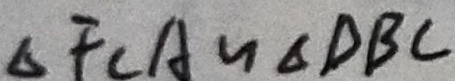
\Delta F C A \sim \Delta D B C